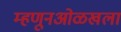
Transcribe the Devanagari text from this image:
म्हणूनओळखला